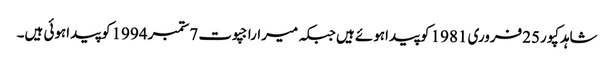
شاہدکپور25فروری 1981 کوپیداہوئے ہیں جبکہ میراراجپوت 7ستمبر 1994کوپیداہوئی ہیں۔